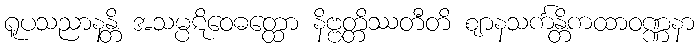
ရူပသညာနန္တိ အသမ္ပဋိဝေဓတ္ထော နိဗ္ဗတ္တိဿတီတိ ဈာနသင်္ကန္တိကထာဝဏ္ဏနာ